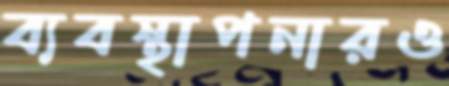
ব্যবস্থাপনারও